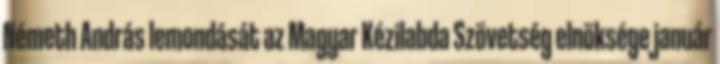
Németh András lemondását az Magyar Kézilabda Szövetség elnöksége január